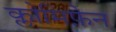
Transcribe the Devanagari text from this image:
क्लोमिफ़ेन